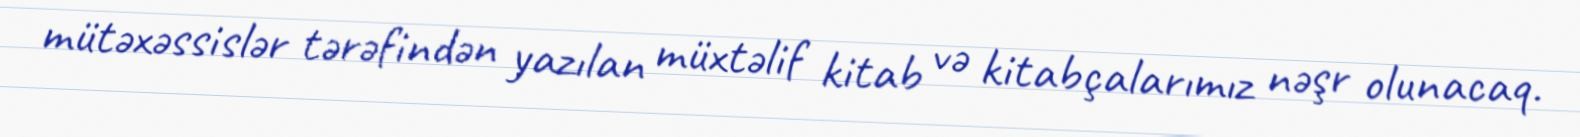
mütəxəssislər tərəfindən yazılan müxtəlif kitab və kitabçalarımız nəşr olunacaq.